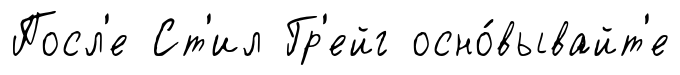
Посл'е Ст'ил Гр'ейг осно́вывайт'е